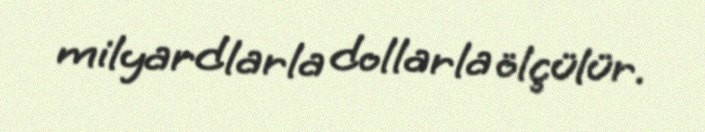
milyardlarla dollarla ölçülür.